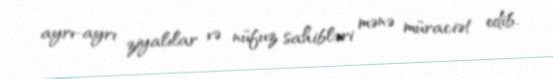
ayrı-ayrı ziyalılar və nüfuz sahibləri mənə müraciət edib.